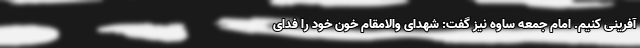
آفرینی کنیم. امام جمعه ساوه نیز گفت: شهدای والامقام خون خود را فدای